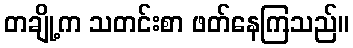
တချို့က သတင်းစာ ဖတ်နေကြသည်။